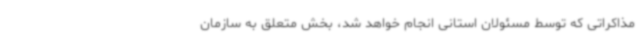
مذاکراتی که توسط مسئولان استانی انجام خواهد شد، بخش متعلق به سازمان